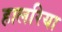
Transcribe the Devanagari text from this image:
हालरिया